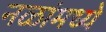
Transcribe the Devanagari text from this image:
नळांमध्ये